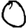
Digit: 0